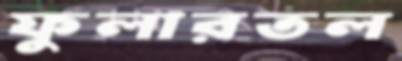
ফুলারতল